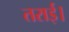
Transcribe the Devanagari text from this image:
तराई।